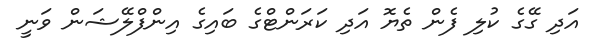
އަދި ގޭގެ ކުލި ފެން ތެޔޮ އަދި ކަރަންޓްގެ ބައިގެ އިންފްލޭޝަން ވަނީ